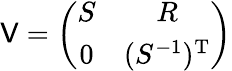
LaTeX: {\cal{\mathsf{V}}}=\left(\begin{array}{cc}{{S}}&{{R}}\\ {{0}}&{{(S^{-1})^{\mathrm{T}}}}\end{array}\right)